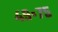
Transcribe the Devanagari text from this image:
४९॰७५